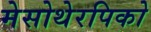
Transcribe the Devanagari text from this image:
मेसोथेरपिको